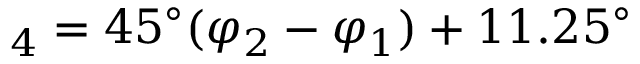
_ 4 = 4 5 ^ { \circ } ( \varphi _ { 2 } - \varphi _ { 1 } ) + 1 1 . 2 5 ^ { \circ }